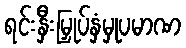
ရင်းနှီးမြှုပ်နှံမှုပမာဏ